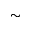
\sim